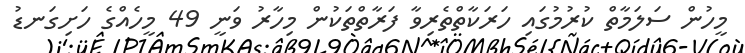
މީހުން ސަލަމާތް ކުރުމުގައި ހަރަކާތްތެރިވާ ފަރާތްތަކުން މިހާރު ވަނީ 49 މީހެއްގެ ހަށިގަނޑު